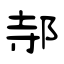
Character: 邿